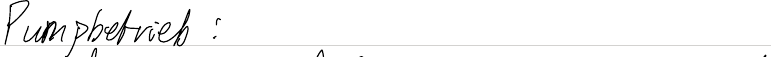
Pumpbetrieb: